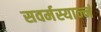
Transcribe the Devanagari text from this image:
सवर्मस्यान्नं